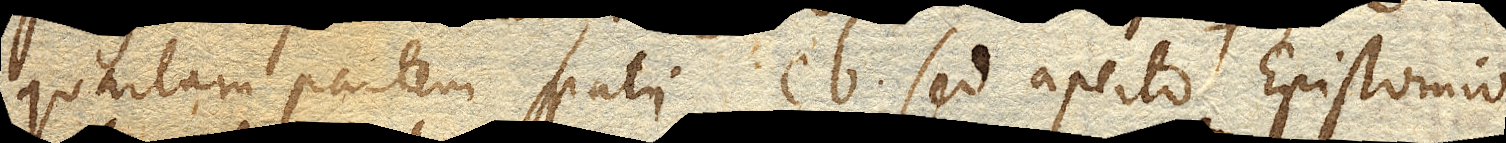
quartam partem spatii eb sed aperto Epistomio